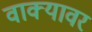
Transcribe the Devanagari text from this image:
वाक्यावर